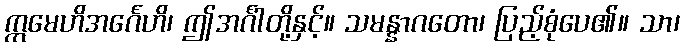
ဣမေဟိအင်္ဂေဟိ၊ ဤအင်္ဂါတို့နှင့်။ သမန္နာဂတော၊ ပြည့်စုံပေ၏။ သာ၊